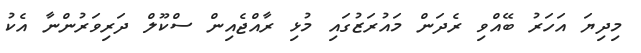
މިދިޔަ އަހަރު ބޭއްވި ރެދަން މައުރަޒުގައި މުޅި ރާއްޖެއިން ސްކޫލް ދަރިވަރުންނާ އެކު